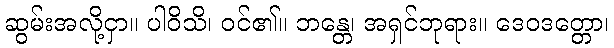
ဆွမ်းအလို့ငှာ။ ပါဝိသိ၊ ဝင်၏။ ဘန္တေ၊ အရှင်ဘုရား။ ဒေဝဒတ္တော၊